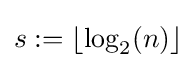
s:=\lfloor \log _{2}(n)\rfloor